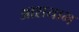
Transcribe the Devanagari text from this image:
आशयाभ